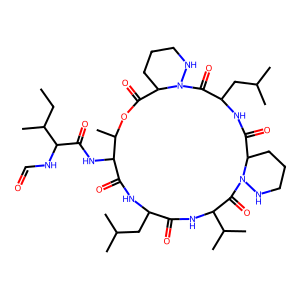
SMILES: CCC(C)C(NC=O)C(=O)NC1C(=O)NC(CC(C)C)C(=O)NC(C(C)C)C(=O)N2NCCCC2C(=O)NC(CC(C)C)C(=O)N2NCCCC2C(=O)OC1C
Inhibits HIV replication: No